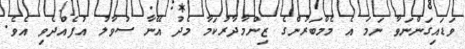
ވަޑައިގަންނަވާ ނަމަ އެ މެމްބަރުންގެ ޒިންމާދާރުކަމާ މެދު އޭނާ ސުވާލު އުފެއްދެވި އެވެ.